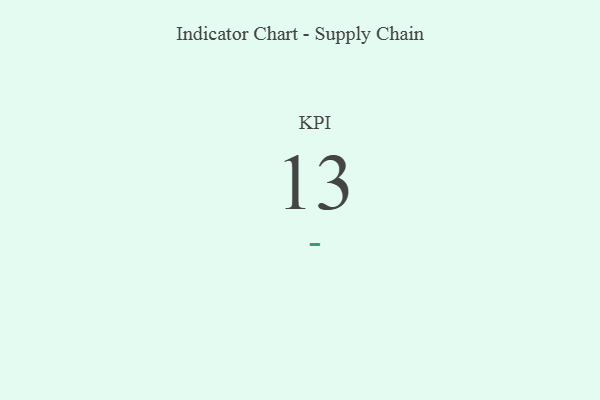
{"axis": {"x": "KPI", "y": "Value"}, "legend": [""], "data": [{"x": "KPI", "y": 13, "type": ""}]}